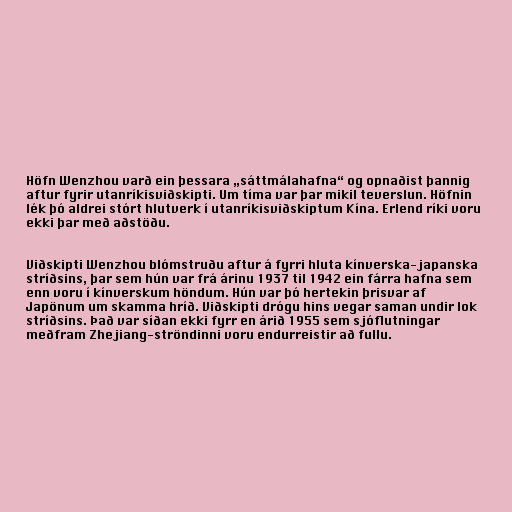
Höfn Wenzhou varð ein þessara „sáttmálahafna“ og opnaðist þannig
aftur fyrir utanríkisviðskipti. Um tíma var þar mikil teverslun. Höfnin
lék þó aldrei stórt hlutverk í utanríkisviðskiptum Kína. Erlend ríki voru
ekki þar með aðstöðu.

Viðskipti Wenzhou blómstruðu aftur á fyrri hluta kínverska-japanska
stríðsins, þar sem hún var frá árinu 1937 til 1942 ein fárra hafna sem
enn voru í kínverskum höndum. Hún var þó hertekin þrisvar af
Japönum um skamma hríð. Viðskipti drógu hins vegar saman undir lok
stríðsins. Það var síðan ekki fyrr en árið 1955 sem sjóflutningar
meðfram Zhejiang-ströndinni voru endurreistir að fullu.